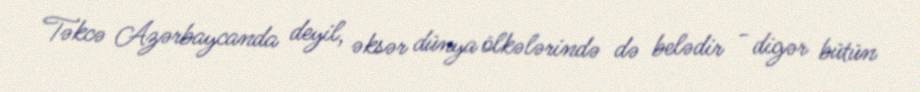
Təkcə Azərbaycanda deyil, əksər dünya ölkələrində də belədir - digər bütün